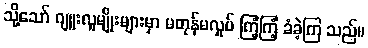
သို့သော် ဂျူးလူမျိုးများမှာ မတုန်မလှုပ် ကြံ့ကြံ့ ခံခဲ့ကြ သည်။